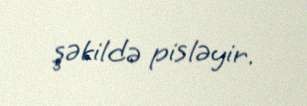
şəkildə pisləyir.